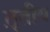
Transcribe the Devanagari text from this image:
त़ृतीय